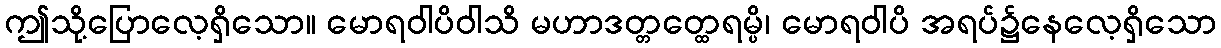
ဤသို့ပြောလေ့ရှိသော။ မောရဝါပိဝါသိ မဟာဒတ္တတ္ထေရမ္ပိ၊ မောရဝါပိ အရပ်၌နေလေ့ရှိသော